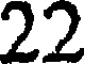
22